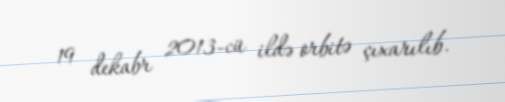
19 dekabr 2013-cü ildə orbitə çıxarılıb.